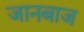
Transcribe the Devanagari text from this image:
जानबाज